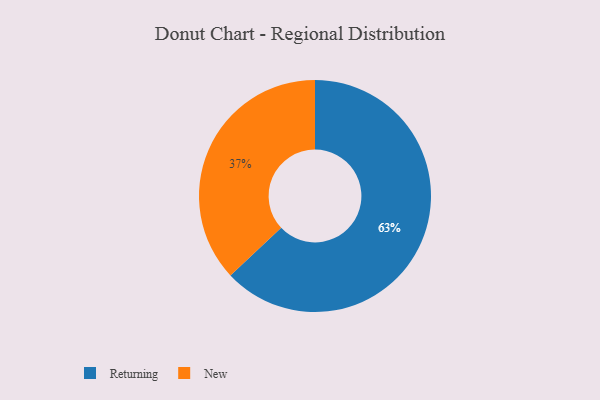
{"axis": {"x": "Category", "y": "Percentage"}, "legend": ["New", "Returning"], "data": [{"x": "Returning", "y": 63, "type": "Returning"}, {"x": "New", "y": 37, "type": "New"}]}